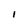
Character: 1